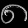
Digit: ၈